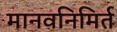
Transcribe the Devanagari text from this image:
मानवनिमिर्त